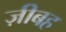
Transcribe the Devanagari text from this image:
ज़ीबह